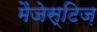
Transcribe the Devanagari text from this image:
मैजेस्टिज़